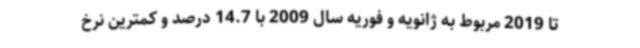
تا 2019 مربوط به ژانویه و فوریه سال 2009 با 14.7 درصد و کمترین نرخ